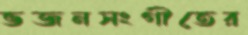
ভজনসংগীতের